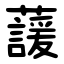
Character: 蘐